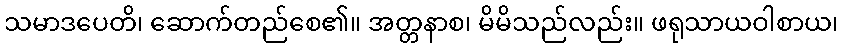
သမာဒပေတိ၊ ဆောက်တည်စေ၏။ အတ္တနာစ၊ မိမိသည်လည်း။ ဖရုသာယဝါစာယ၊